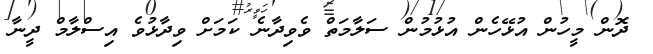
ދޮން މީހުން އުޅޭހެން އުޅުމުން ސަލާމަތް ވެވިދާނެ ކަމަށް ވިދާޅުވެ އިސްލާމް ދީނާ